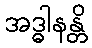
အဒ္ဓါနန္တိ